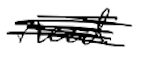
Text: need
Cross-out: scratch
Writing tool: digital_black